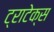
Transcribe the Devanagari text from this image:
ट्राटेक्स